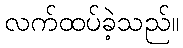
လက်ထပ်ခဲ့သည်။